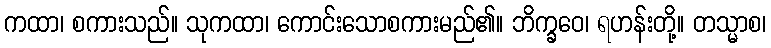
ကထာ၊ စကားသည်။ သုကထာ၊ ကောင်းသောစကားမည်၏။ ဘိက္ခဝေ၊ ရဟန်းတို့။ တသ္မာစ၊